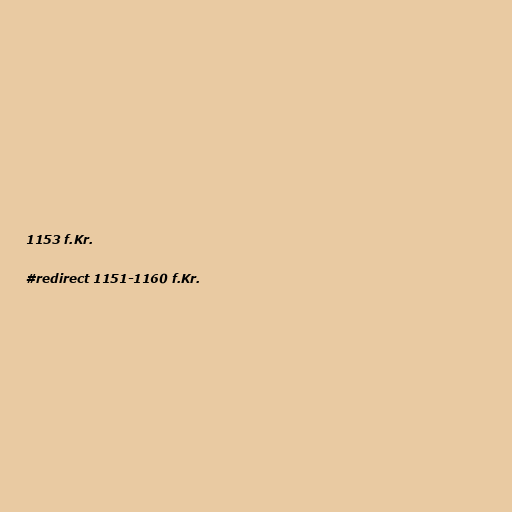
1153 f.Kr.

#redirect 1151-1160 f.Kr.